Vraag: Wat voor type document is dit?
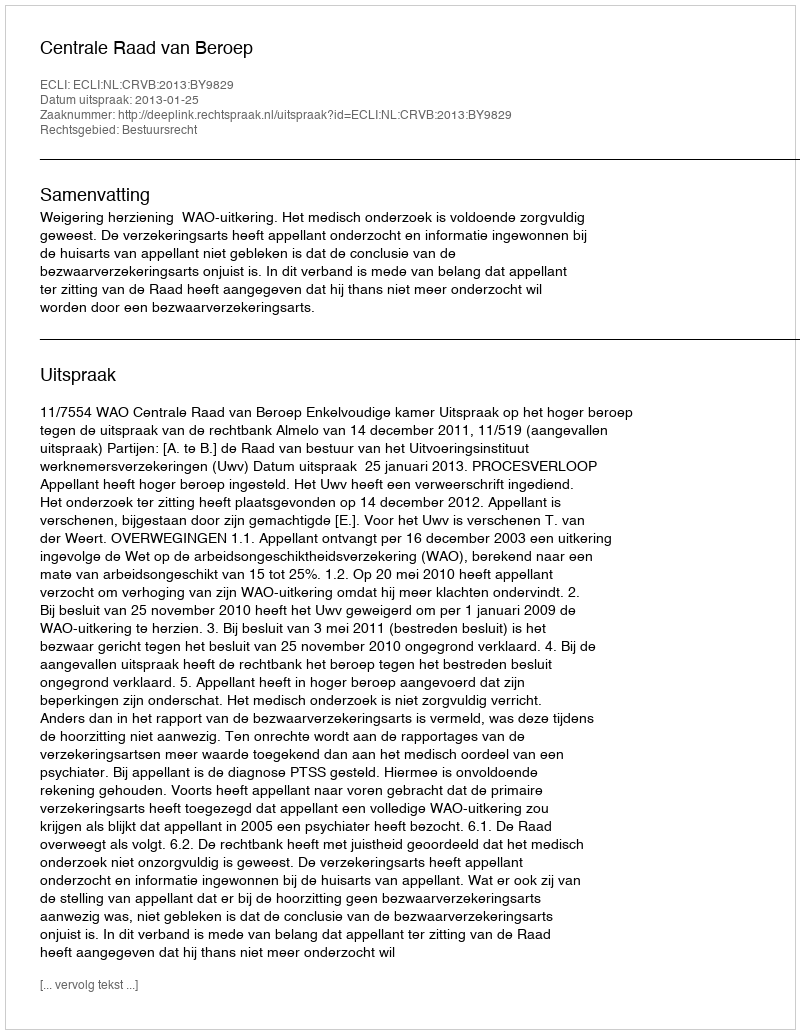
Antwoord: Uitspraak